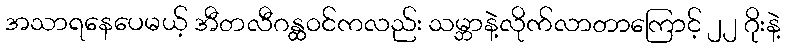
အသာရနေပေမယ့် အီတလီဂန္ထဝင်ကလည်း သမ္ဘာနဲ့လိုက်လာတာကြောင့် ၂၂ ဂိုးနဲ့